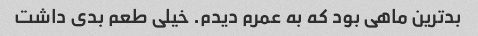
بدترین ماهی بود که به عمرم دیدم. خیلی طعم بدی داشت